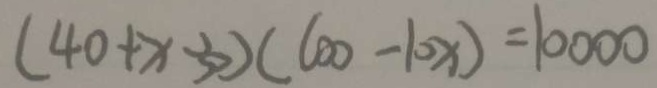
( 4 0 + x - 3 0 ) ( 6 0 0 - 1 0 x ) = 1 0 0 0 0